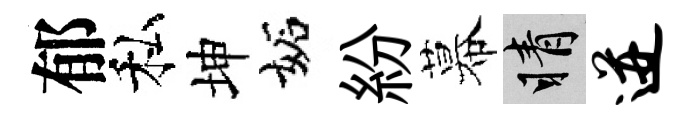
郁私坤妬紛幕睛迸